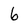
Character: 6